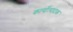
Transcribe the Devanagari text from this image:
कार्योत्पादक